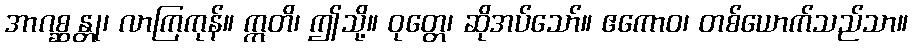
အာဂစ္ဆန္တု၊ လာကြကုန်။ ဣတိ၊ ဤသို့။ ဝုတ္တေ၊ ဆိုအပ်သော်။ ဧကောဝ၊ တစ်ယောက်သည်သာ။